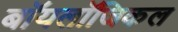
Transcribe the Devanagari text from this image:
बॉयलॉजिकल